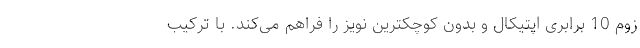
زوم 10 برابری اپتیکال و بدون کوچکترین نویز را فراهم می‌کند. با ترکیب